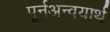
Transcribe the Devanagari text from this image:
पूर्नअन्वयार्थ